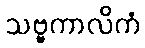
သဗ္ဗကာလိကံ